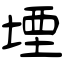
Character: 堙